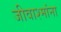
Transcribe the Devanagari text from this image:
जीवाश्मांना